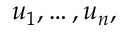
u _ { 1 } , \ldots , u _ { n } ,